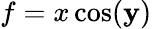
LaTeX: f=x\cos(\mathbf{y})